Lunatic asylums in Bengal annual reports 1888-1898 - 1888-1898
Year: 1888
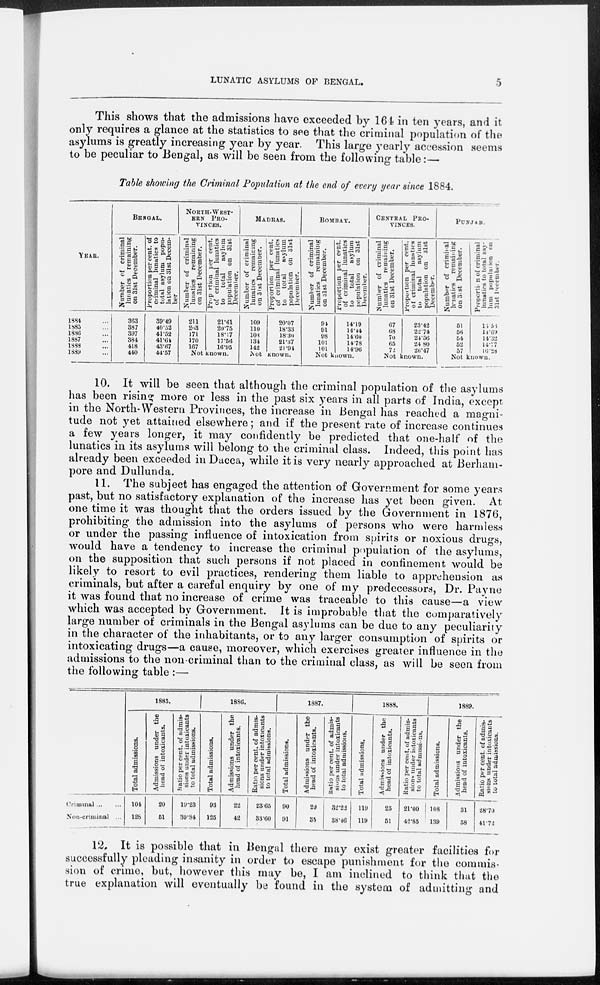
LUNATIC ASYLUMS OF BENGAL.
5
This shows that the admissions have exceeded by 164 in ten years, and it
only requires a glance at the statistics to see that the criminal population of the
asylums is greatly increasing year by year. This large yearly accession seems
to be peculiar to Bengal, as will be seen from the following table:—
Table showing the Criminal Population at the end of every year since 1884.
YEARS.
1884 ...
1885 ...
1886 ...
1887 ...
1888 ...
1889 ...
BENGAL.
Number of criminal
lunatics remaining
on 31st December.
363
387
397
384
418
440
Proportion per cent. of
criminal lunatics to
total asylum popu-
lation on 31st Decem-
ber
39.49
40.52
41.52
41.64
43.67
44.57
NORTH-WEST-
ERN
PRO-
------.
Number of criminal
lunatics remaining
on 31st December.
211
203
171
170
167
Proportion per cent.
of criminal lunatics
to
total
asylum
population on 31st
December.
21.61
20.75
18.17
17.56
16.95
Not known.
MADRAS.
Number of criminal
lunatics remaining
on 31st December.
109
110
108
134
142
Proportion per cent.
of criminal lunatics
to
total
asylum
population on 31st
December.
20.07
18.33
18.30
21.37
21.94
Not Known.
BOMBAY.
Number of criminal
lunatics remaining
on 31st December.
94
91
98
101
101
Proportion per cent.
of criminal lunatics
to
total
asylum
population on 31st
December.
14.19
14.44
14.60
14.78
14.96
Not known.
CENTRAL
PRO-
------.
Number of criminal
lunatics remaining
on 31st December.
67
68
70
65
72
Proportion per cent.
of criminal lunatics
to total
asylum
population on 31st
December.
23.42
22.74
24.56
24.80
26.47
Not known.
PUNJAB.
Number of criminal
lunatics remaining
on 31st December.
51
56
54
52
57
Proportion of criminal
lunatics to total asy-
lum population on
31st December.
16.56
14.69
14.32
14.77
16.28
Not known.
10. It will be seen that although the criminal population of the asylums
has been rising more or less in the past six years in all parts of India, except
in the North-Western Provinces, the increase in Bengal has reached a magni-
tude not yet attained elsewhere; and if the present rate of increase continues
a few years longer, it may confidently be predicted that one-half of the
lunatics in its asylums will belong to the criminal class. Indeed, this point has
already been exceeded in Dacca, while it is very nearly approached at Berham-
pore and Dullunda.
11. The subject has engaged the attention of Government for some years
past, but no satisfactory explanation of the increase has yet been given. At
one time it was thought that the orders issued by the Government in 1876,
prohibiting the admission into the asylums of persons who were harmless
or under the passing influence of intoxication from spirits or noxious drugs,
would have a tendency to increase the criminal population of the asylums,
on the supposition that such persons if not placed in confinement would be
likely to resort to evil practices, rendering them liable to apprehension as
criminals, but after a careful enquiry by one of my predecessors, Dr. Payne
it was found that no increase of crime was traceable to this cause—a view
which was accepted by Government. It is improbable that the comparatively
large number of criminals in the Bengal asylums can be due to any peculiarity
in the character of the inhabitants, or to any larger consumption of spirits or
intoxicating drugs—a cause, moreover, which exercises greater influence in the
admissions to the non-criminal than to the criminal class, as will be seen from
the following table :—
Criminal ... ...
Non-criminal ...
1885.
Total admissions.
104
128
Admissions under the
head of intoxicants.
20
51
Ratio per cent. of admis-
sions under intoxicants
to total admissions.
19.23
39.84
1886.
Total admissions.
93
125
Admissions under the
head of intoxicants.
22
42
Ratio per cent. of admis-
sions under intoxicants
to total admissions.
23.65
33.60
1887.
Total admissions.
90
91
Admissions under the
head of intoxicants.
29
35
Ratio per cent. of admis-
sions under intoxicants
to total admissions.
32.22
38.46
1888.
Total admissions.
119
119
Admissions under the
head of intoxicants.
25
51
Ratio per cent. of admis-
sions under intoxicants
to total admissions.
21.00
42.85
1889.
Total admissions.
108
139
Admissions under the
head of intoxicants.
31
58
Ratio per cent. of admis-
sions under intoxicants
to total admissions.
28.70
41.72
12. It is possible that in Bengal there may exist greater facilities for
successfully pleading insanity in order to escape punishment for the commis-
sion of crime, but, however this may be, I am inclined to think that the
true explanation will eventually be found in the system of admitting and